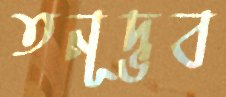
তনূদ্ভব